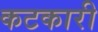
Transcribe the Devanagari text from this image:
कटकारी